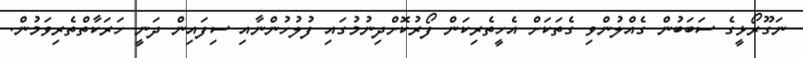
ނަގޫރޯޅީގެ ސަބަބުން ގެއްލުންވި ގެތަކަށް އެހީތެރިކަން ފޯރުކޮށްދިނުމުގައި ފުލުހުންނާއި ސިފައިން ދަނީ ހަރަކާތްތެރިވަމުން.